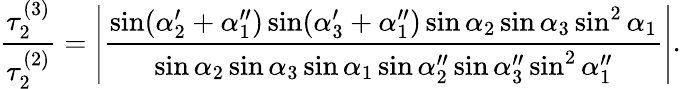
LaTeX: \frac{\tau_{2}^{(3)}}{\tau_{2}^{(2)}}=\left|\frac{\sin(\alpha_{2}^{\prime}+\alpha_{1}^{\prime\prime})\sin(\alpha_{3}^{\prime}+\alpha_{1}^{\prime\prime})\sin\alpha_{2}\sin\alpha_{3}\sin^{2}\alpha_{1}}{\sin\alpha_{2}\sin\alpha_{3}\sin\alpha_{1}\sin\alpha_{2}^{\prime\prime}\sin\alpha_{3}^{\prime\prime}\sin^{2}\alpha_{1}^{\prime\prime}}\right|.